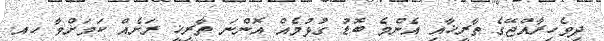
ދިވެހިރާއްޖޭގެ ތާރީޚާއި އެންމެ ބޮޑު ގުޅުމެއް އޮންނަ ތާރީޚީ ރަށެއް ކަމަށްވާ ހއ.